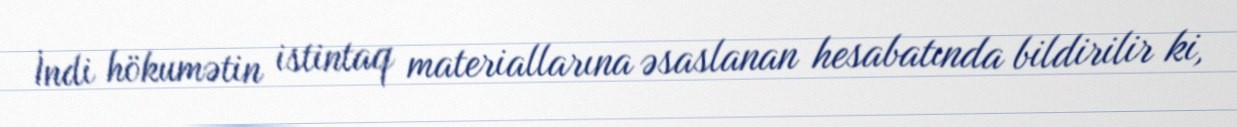
İndi hökumətin istintaq materiallarına əsaslanan hesabatında bildirilir ki,